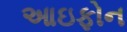
આઇફોન